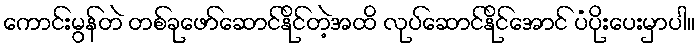
ကောင်းမွန်တဲ တစ်ခုဖော်ဆောင်နိုင်တဲ့အထိ လုပ်ဆောင်နိုင်အောင် ပံပိုးပေးမှာပါ။